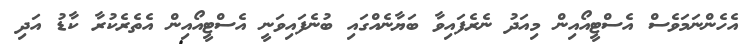
އެހެންނަމަވެސް އެސްޓީއޯއިން މިއަދު ނެރެފައިވާ ބަޔާނެއްގައި ބުނެފައިވަނީ އެސްޓީއޯއިން އެތެރެކުރާ ކާޑު އަދި